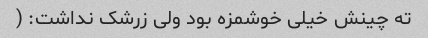
ته چینش خیلی خوشمزه بود ولی زرشک نداشت: (